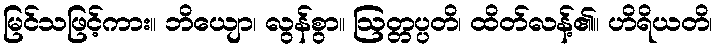
မြင်သဖြင့်ကား။ ဘိယျော၊ လွန်စွာ။ ဩတ္တပ္ပတိ၊ ထိတ်လန့်၏။ ဟိရိယတိ၊